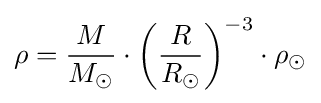
\rho ={\frac {M}{M_{\odot }}}\cdot \left({\frac {R}{R_{\odot }}}\right)^{-3}\cdot \rho _{\odot }